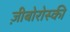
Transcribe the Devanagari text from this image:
ज़ीबोरोस्‍की